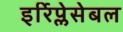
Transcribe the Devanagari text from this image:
इर्रिप्लेसेबल